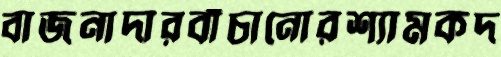
বাজনাদারবাঁচানোরশ্যামকদ